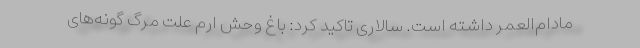
مادام‌العمر داشته است. سالاری تاکید کرد: باغ وحش ارم علت مرگ گونه‌های